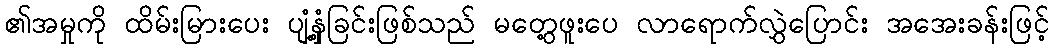
၏အမှုကို ထိမ်းမြားပေး ပျံ့နှံ့ခြင်းဖြစ်သည် မတွေ့ဖူးပေ လာရောက်လွှဲပြောင်း အအေးခန်းဖြင့်